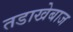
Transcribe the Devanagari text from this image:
तडाखेबाज